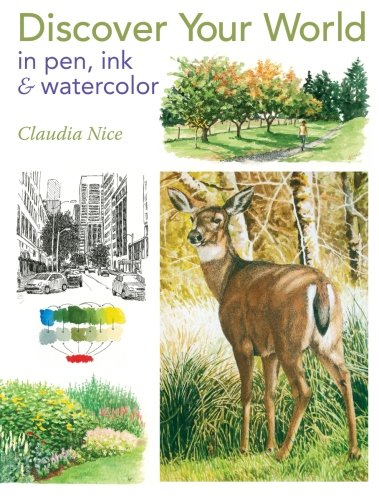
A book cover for Discover Your World in Pen, Ink & Watercolor; Claudia Nice; Arts & Photography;